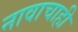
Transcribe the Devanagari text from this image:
नावाचाही